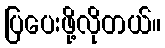
ပြပေးဖို့လိုတယ်။